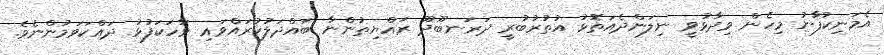
އެމަނިކުފާނު މިހެން ވިދާޅުވީ ނިލަންދެއަތޮޅު އުތުރުބުރީ ދަރަނބޫދޫ ރައްޔިތުންނާ ބައްދަލުކުރައްވައި ވާހަކަފުޅު ދައްކަވަމުންނެވެ.